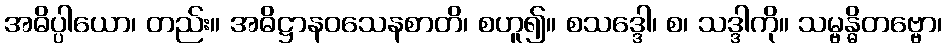
အဓိပ္ပါယော၊ တည်း။ အဓိဋ္ဌာနဝသေနစာတိ၊ စဟူ၍။ စသဒ္ဒေါ၊ စ၊ သဒ္ဒါကို။ သမ္ဗန္ဓိတဗ္ဗော၊